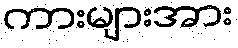
ကားများအား